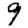
Digit: 9